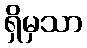
ရှိမှသာ